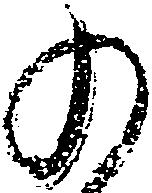
の